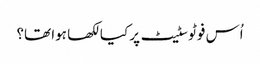
اُس فوٹو سٹیٹ پر کیا لکھا ہوا تھا؟